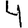
Digit: 4